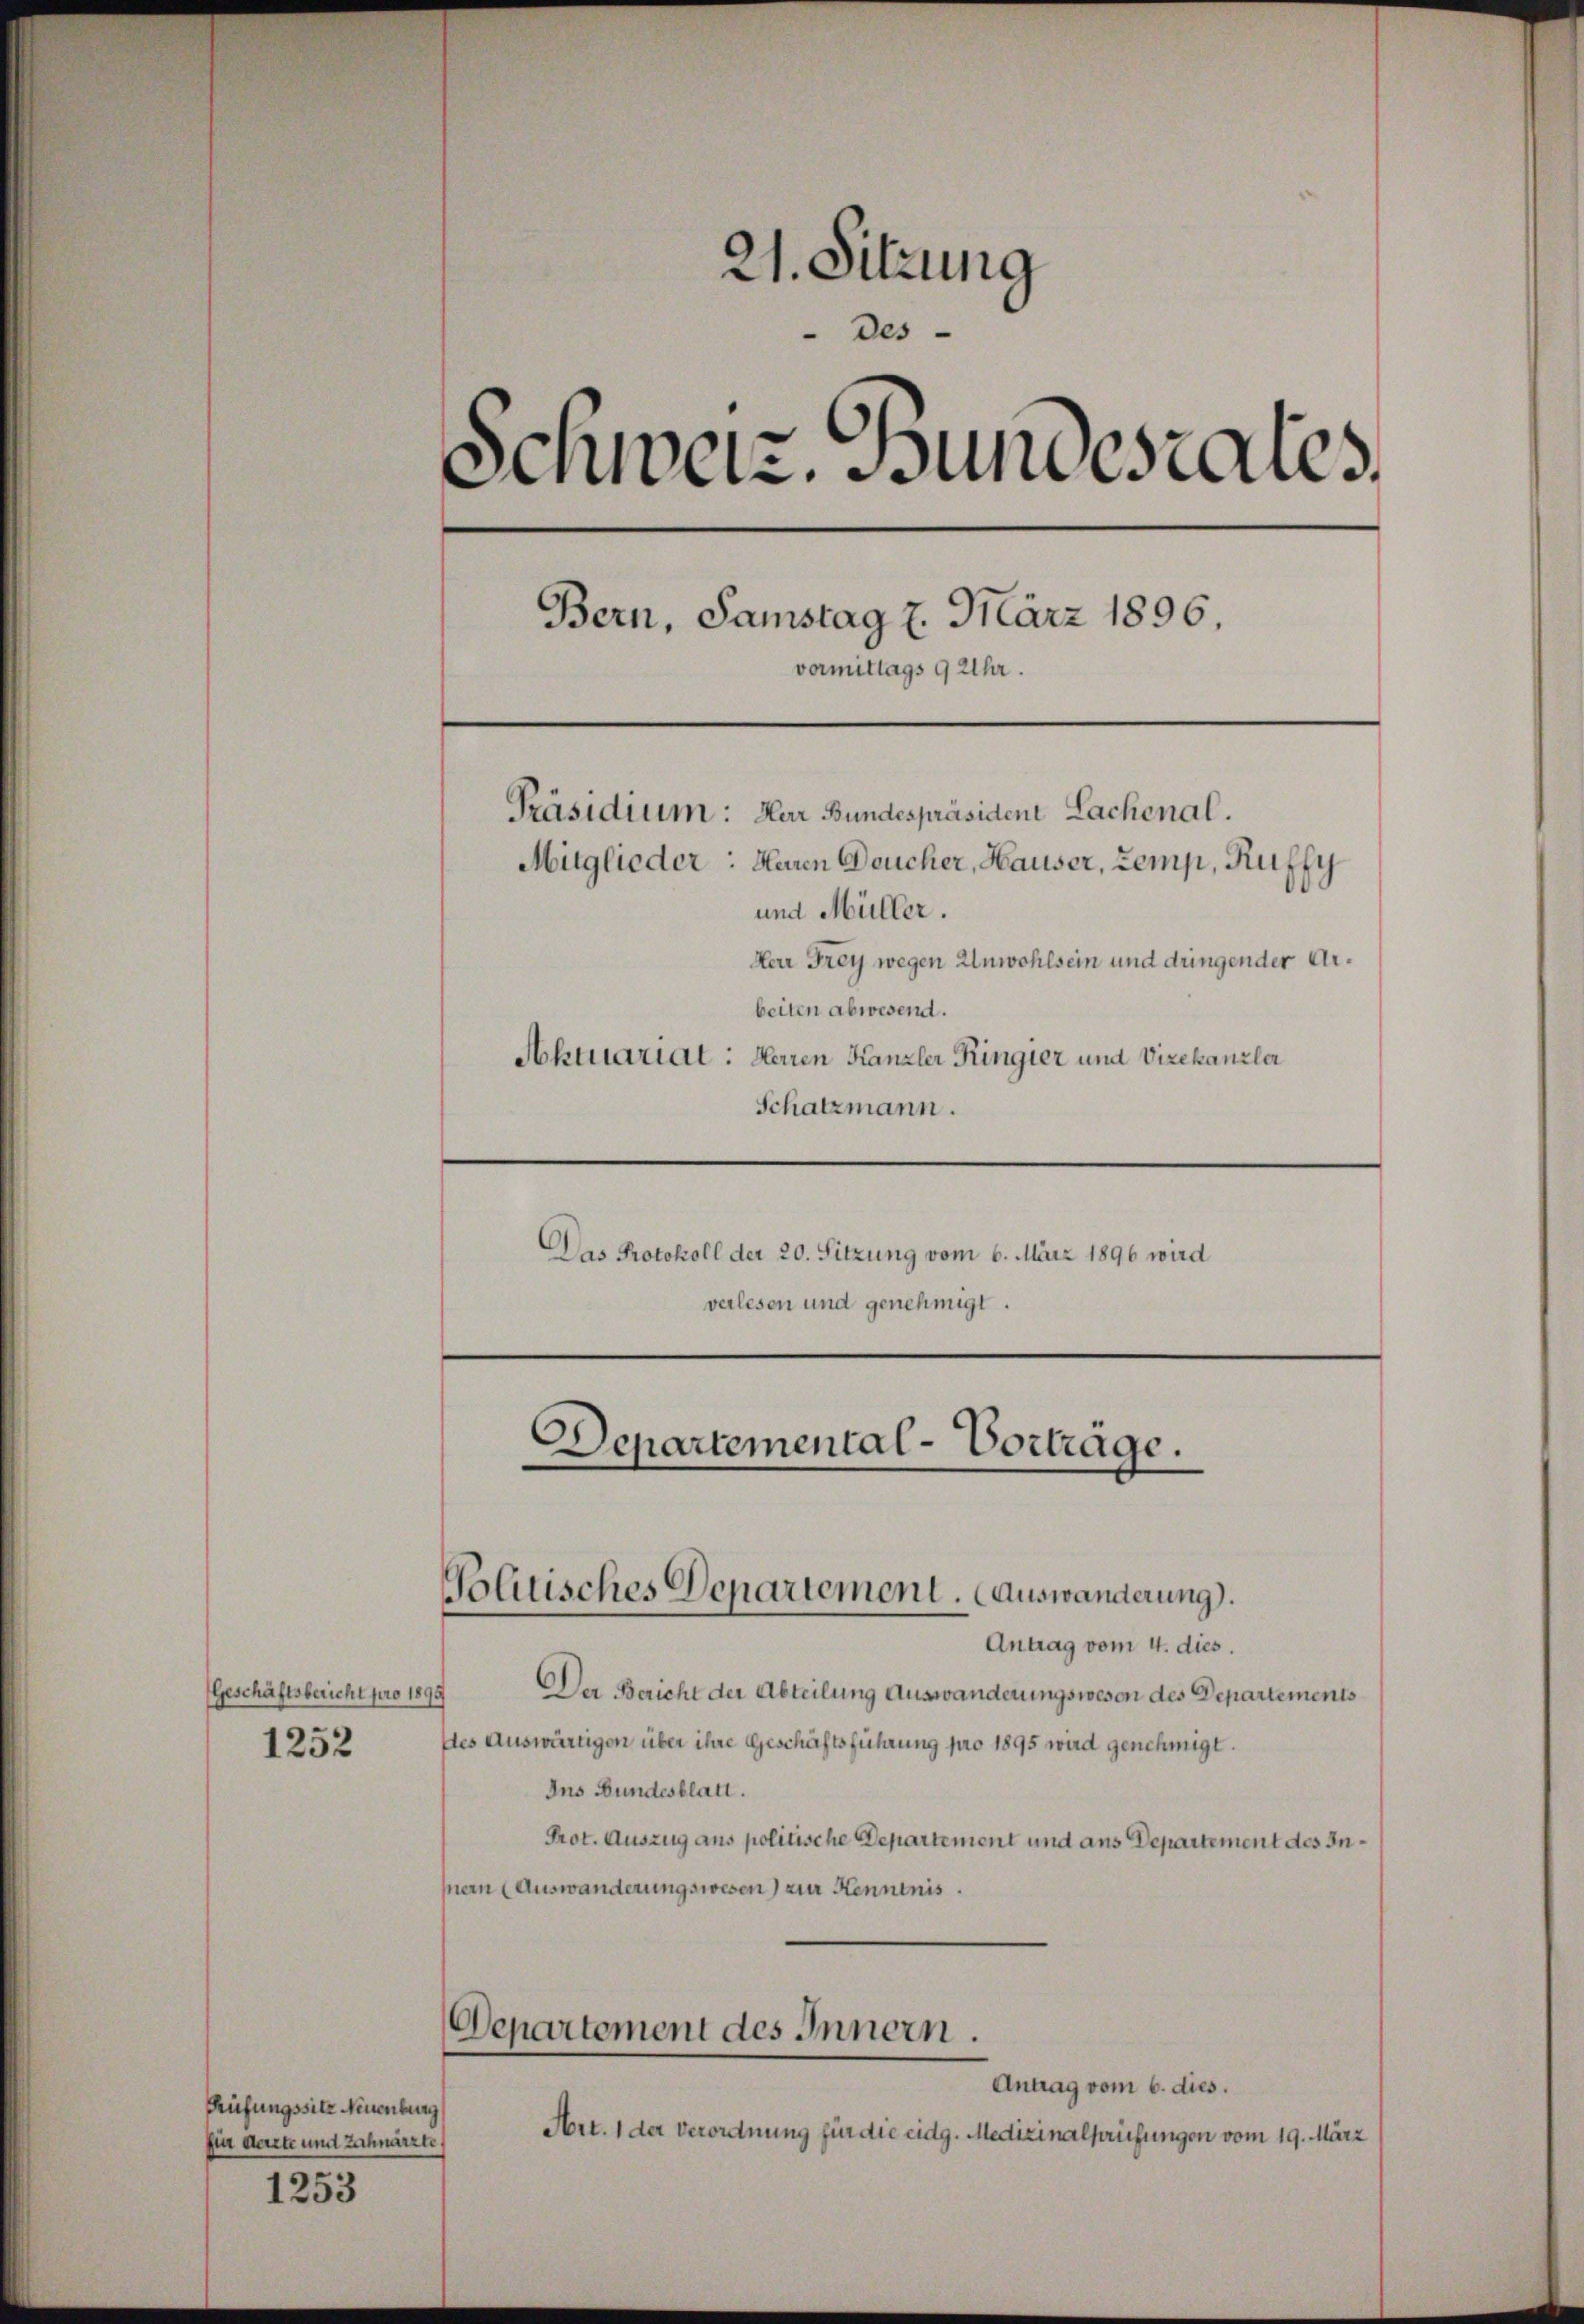
Geschäftsbericht pro 1895
1252

Prüfungssitz Neuenburg
fier derste und Zahnarzte,
1253

21. Sitzung
des
Schweiz. Bundesrates
s
Bern, Samstag 7. März 1896
vormittags 9 Uhr.
Präsidium: Herr Bundespräsident Lachenal.
Mitglieder: Heren Deucher, Hauser, Zemp, Ruffy
und Müller.
Herr Frey wegen Unwohlsein und dringender Arbeiten abwesend.
Aktuariat: Herren Kanzler Ringier und Vizekanzler
Schatzmann.

Das Protokoll der 20. Sitzung vom 6. März 1896 wird
verlesen und genehmigt.

Departemental-Vorträge.
Volitisches Departement. Auswanderung.

Antrag vom 4. dies.
Der Bericht der Abteilung Auswanderungswesen des Departements
des Auswärtigen über ihre Geschäftsführung pro 1895 wird genehmigt.
Ins Bundesblatt.
Prot. Auszug aus politische Departement und aus Departement des Innern (Auswanderungswesen) zur Kenntnis.
Departement des Innern.
Antrag vom 6. dies.
Art. 1 der Verordnung für die eidg. Medizinalprüfungen vom 19. März